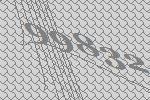
99832